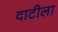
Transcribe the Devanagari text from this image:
दाटीला